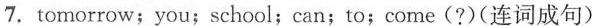
__ 7. tomorrow；you；school；can；to；come(?)(连词成句)